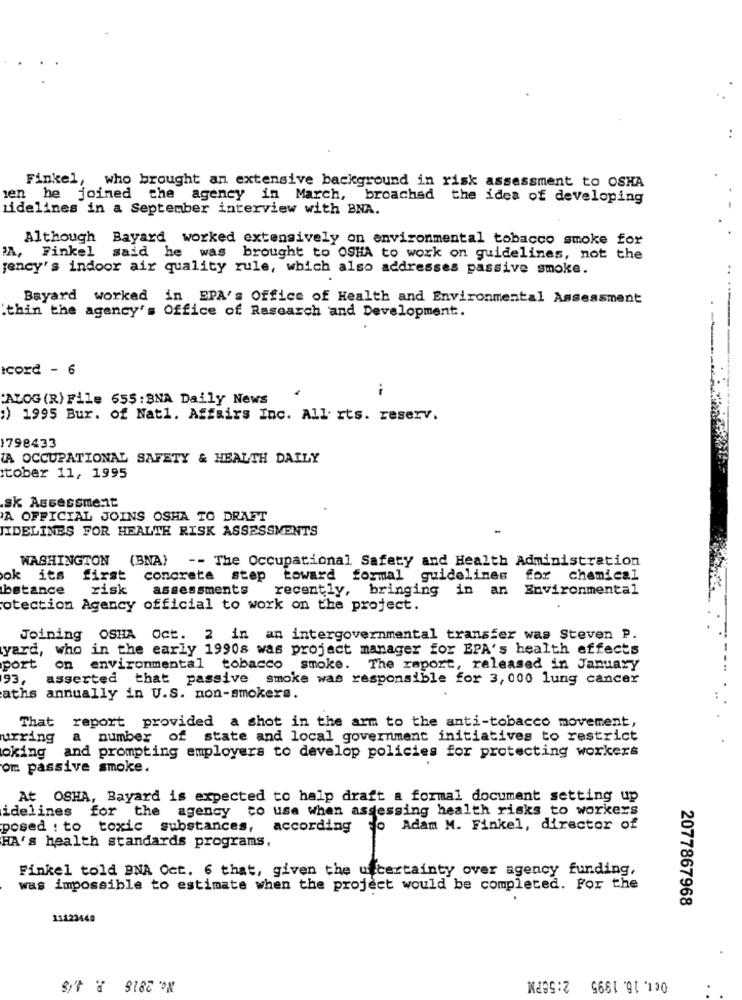
Finkel, who brought an extensive background in risk assessment to OSHA
ien he joined the agency in March, broached the idea of developing
sidelines in a September interview with BNA.
Although Bayard worked extensively on environmental tobacco smoke for
:A, Finkel said he was brought to OSHA to work on guidelines, not the
gency's indoor air quality rule, which also addresses passive smoke.
Bayard worked in EPA's Office of Health and Environmental Assessment
.thin the agency's Office of Research and Development.
Icord - 6
i
:ALOG (R) File 655: BNA Daily News
:) 1995 Bur. of Natl. Affairs Inc. All rts. reserv.
1798433
IA OCCUPATIONAL SAFETY & HEALTH DAILY
tober 11, 1995
.sk Assessment
A OFFICIAL JOINS OSHA TO DRAFT
JIDELINES FOR HEALTH RISK ASSESSMENTS
WASHINGTON (BNA) -- The Occupational Safety and Health Administration
ok its
first concrete step toward formal guidelines for chemical
bstance
risk
assessments
recently,
bringing in an Environmental
otection Agency official to work on the project.
Joining OSHA Oct. 2 in an intergovernmental transfer was Steven P.
yard, who in the early 1990s was project manager for EPA's health effects
port on environmental tobacco smoke. The report, released in January
93,
asserted that passive smoke was responsible for 3, 000 lung cancer
aths annually in U.S. non-smokers.
That report provided a shot in the arm to the anti-tobacco movement,
urring
a
number of state and local government initiatives to restrict
oking
and prompting employers to develop policies for protecting workers
om passive smoke.
At OSHA, Bayard is expected to halp draft a formal document setting up
idelines for the agency co usa when assessing health risks to workers
posed : to toxic substances,
according to Adam M. Finkel, director of
HA's health standards programs,
Finkel told BNA Oct. 6 that, given the u certainty over agency funding,
was impossible to estimate when the project would be completed. For the
2077867968
11123440
Nc. 2018 P. J.45
Oct. 16. 1995 2:55PM